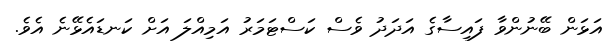
އަޅަން ބޭނުންވާ ފައިސާގެ އަދަދު ވެސް ކަސްޓަމަރު އަމިއްލަ އަށް ކަނޑައެޅޭނެ އެވެ.